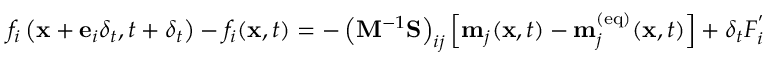
f _ { i } \left( \mathbf { x } + \mathbf { e } _ { i } \delta _ { t } , t + \delta _ { t } \right) - f _ { i } ( \mathbf { x } , t ) = - \left( \mathbf { M } ^ { - 1 } \mathbf { S } \right) _ { i j } \left[ \mathbf { m } _ { j } ( \mathbf { x } , t ) - \mathbf { m } _ { j } ^ { ( \mathrm { e q } ) } ( \mathbf { x } , t ) \right] + \delta _ { t } F _ { i } ^ { ' }